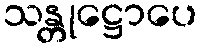
သန္တုဋ္ဌောပေ